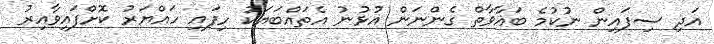
އަދި ސިފައިން ނުކުމެ ބަޣާވާތް ގެންނަން އުޅުނު އެތައްބަޔަކު ހިފައި ހައްޔަރު ކޮށްފައިވާއިރު